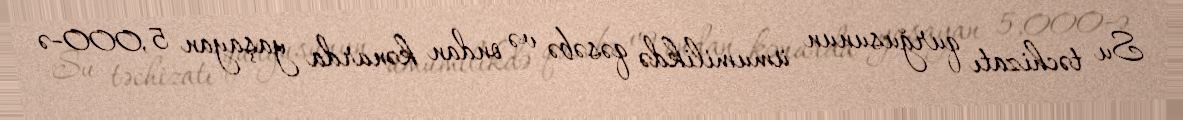
Su təchizatı qurğusunun ümumilikdə qəsəbə və ondan kənarda yaşayan 5,000-ə